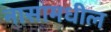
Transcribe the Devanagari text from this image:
नासामधील